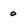
Character: 0